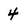
Character: 4